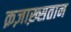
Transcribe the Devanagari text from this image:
क़ज़ाख़्सतान